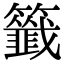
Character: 籤